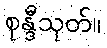
စုန္ဒီသုတ်။